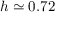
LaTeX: h \simeq 0 . 7 2